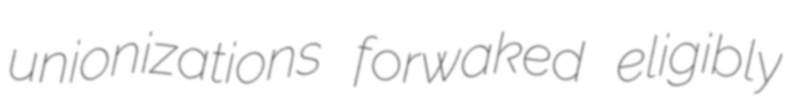
unionizations forwaked eligibly